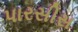
પારસીસ